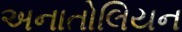
અનાતોલિયન